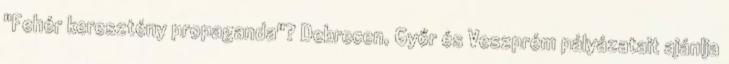
"Fehér keresztény propaganda"? Debrecen, Győr és Veszprém pályázatait ajánlja